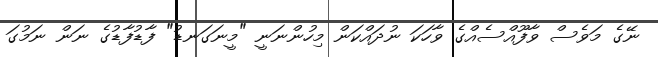
ނޭގެ މަވެސް ވާފޫއްސެއްގެ ވާހަކަ ނުދައްކަން މިހުންނަނީ "މީނަގަނޑު" ފާޑުފާޑުގެ ނަން ނަމުގަ